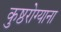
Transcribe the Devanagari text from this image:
कुष्ठरोग्याना